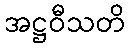
အဋ္ဌဝီသတိ